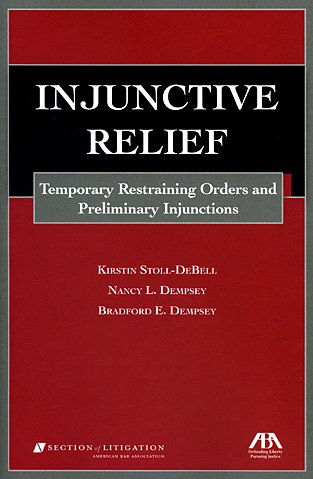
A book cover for Injunctive Relief: Temporary Restraining Orders and Preliminary Injunctions; Kirstin Stoll-DeBell; Law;